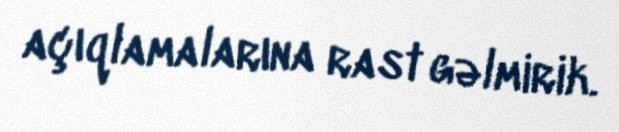
açıqlamalarına rast gəlmirik.